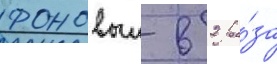
фоновыи в 2 ра́за